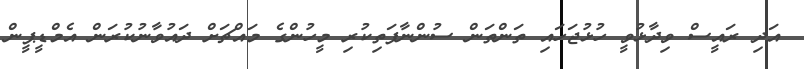
އަދި ރައީސް ވިދާޅުވީ ހުޅުޖަހައި ތަންތަން ސުންނާފަތިކުރި މީހުންގެ މައްޗަށް ދައުވާނުކުރަން އެމްޑީޕީން